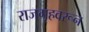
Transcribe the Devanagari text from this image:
राजगृहवरून